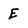
Character: E